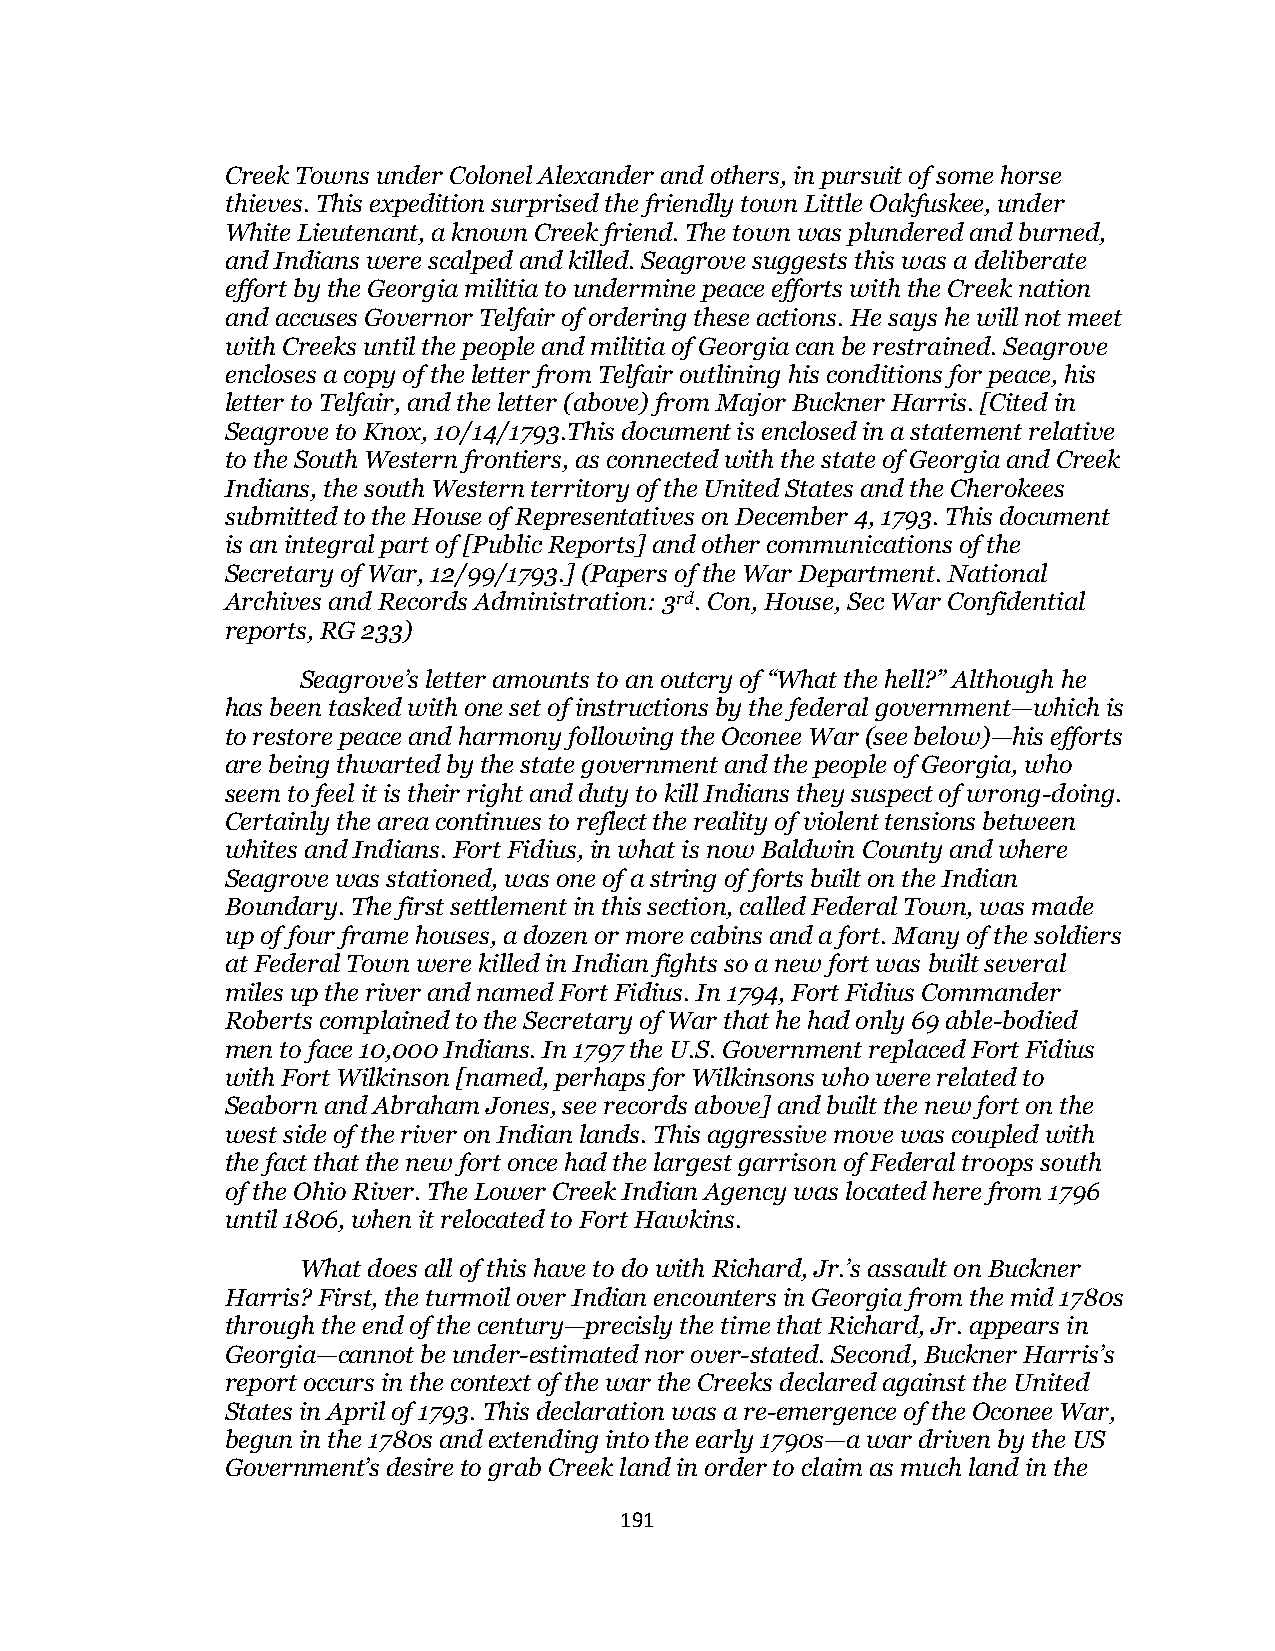
Creek Towns under Colonel Alexander and others, in pursuit of some horse
 thieves. This expedition surprised the friendly town Little Oakfuskee, under
 White Lieutenant, a known Creek friend. The town was plundered and burned,
 and Indians were scalped and killed. Seagrove suggests this was a deliberate
 effort by the Georgia militia to undermine peace efforts with the Creek nation
 and accuses Governor Telfair of ordering these actions. He says he will not meet
 with Creeks until the people and militia of Georgia can be restrained. Seagrove
 encloses a copy of the letter from Telfair outlining his conditions for peace, his
 letter to Telfair, and the letter (above) from Major Buckner Harris. [Cited in
 Seagrove to Knox, 10/14/1793.This document is enclosed in a statement relative
 to the South Western frontiers, as connected with the state of Georgia and Creek
 Indians, the south Western territory of the United States and the Cherokees
 submitted to the House of Representatives on December 4, 1793. This document
 is an integral part of [Public Reports] and other communications of the
 Secretary of War, 12/99/1793.] (Papers of the War Department. National
 Archives and Records Administration: 3rd. Con, House, Sec War Confidential
 reports, RG 233)
 Seagrove’s letter amounts to an outcry of “What the hell?” Although he
 has been tasked with one set of instructions by the federal government—which is
 to restore peace and harmony following the Oconee War (see below)—his efforts
 are being thwarted by the state government and the people of Georgia, who
 seem to feel it is their right and duty to kill Indians they suspect of wrong-doing.
 Certainly the area continues to reflect the reality of violent tensions between
 whites and Indians. Fort Fidius, in what is now Baldwin County and where
 Seagrove was stationed, was one of a string of forts built on the Indian
 Boundary. The first settlement in this section, called Federal Town, was made
 up of four frame houses, a dozen or more cabins and a fort. Many of the soldiers
 at Federal Town were killed in Indian fights so a new fort was built several
 miles up the river and named Fort Fidius. In 1794, Fort Fidius Commander
 Roberts complained to the Secretary of War that he had only 69 able-bodied
 men to face 10,000 Indians. In 1797 the U.S. Government replaced Fort Fidius
 with Fort Wilkinson [named, perhaps for Wilkinsons who were related to
 Seaborn and Abraham Jones, see records above] and built the new fort on the
 west side of the river on Indian lands. This aggressive move was coupled with
 the fact that the new fort once had the largest garrison of Federal troops south
 of the Ohio River. The Lower Creek Indian Agency was located here from 1796
 until 1806, when it relocated to Fort Hawkins.
 What does all of this have to do with Richard, Jr.’s assault on Buckner
 Harris? First, the turmoil over Indian encounters in Georgia from the mid 1780s
 through the end of the century—precisly the time that Richard, Jr. appears in
 Georgia—cannot be under-estimated nor over-stated. Second, Buckner Harris’s
 report occurs in the context of the war the Creeks declared against the United
 States in April of 1793. This declaration was a re-emergence of the Oconee War,
 begun in the 1780s and extending into the early 1790s—a war driven by the US
 Government’s desire to grab Creek land in order to claim as much land in the
 191